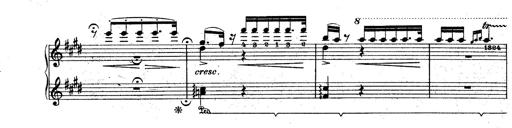
Title: Le rossignol
Composer: Franz Liszt